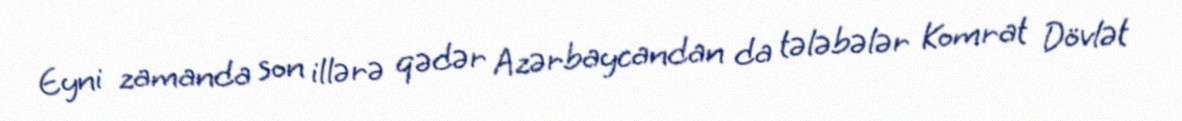
Eyni zamanda son illərə qədər Azərbaycandan da tələbələr Komrat Dövlət